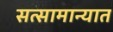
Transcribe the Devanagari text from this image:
सत्सामान्यात